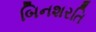
બિનશરતિ